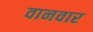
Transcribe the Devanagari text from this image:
वानवार